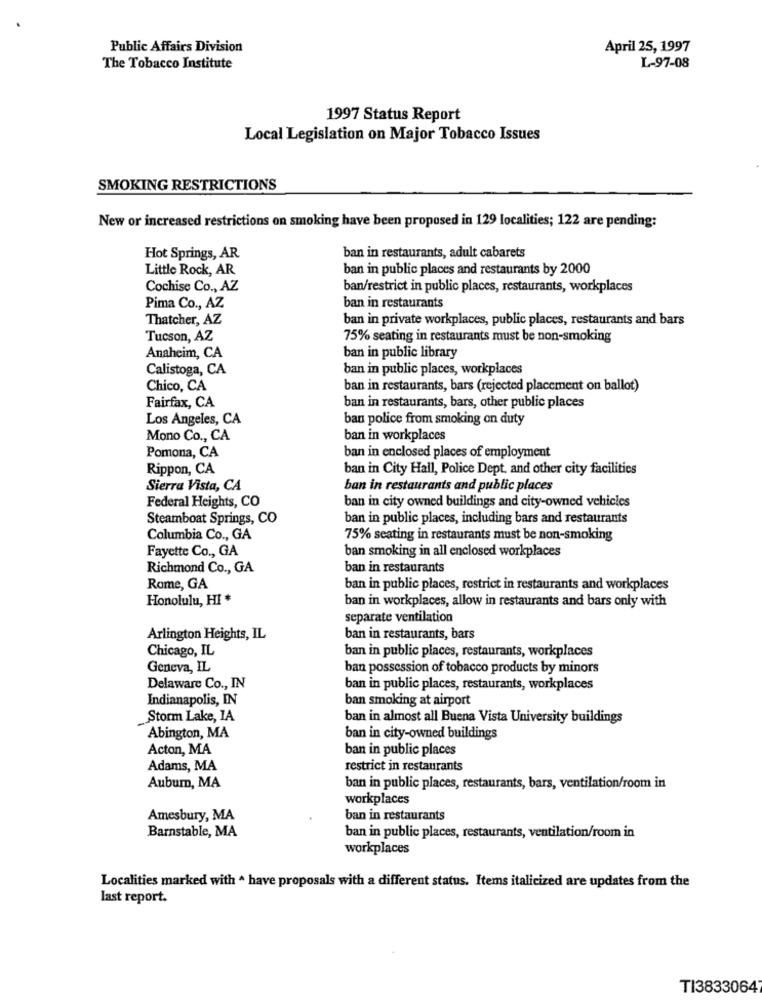
Public Affairs Division
April 25, 1997
The Tobacco Institute
L-97-08
1997 Status Report
Local Legislation on Major Tobacco Issues
SMOKING RESTRICTIONS
New or increased restrictions on smoking have been proposed in 129 localities; 122 are pending:
Hot Springs, AR.
ban in restaurants, adult cabarets
Little Rock, AR
ban in public places and restaurants by 2000
Cochise Co ., AZ
ban/restrict in public places, restaurants, workplaces
Pima Co ., AZ
ban in restaurants
Thatcher, AZ
ban in private workplaces, public places, restaurants and bars
Tucson, AZ
75% seating in restaurants must be non-smoking
Anaheim, CA
ban in public library
Calistoga, CA
ban in public places, workplaces
Chico, CA
ban in restaurants, bars (rejected placement on ballot)
Fairfax, CA
ban in restaurants, bars, other public places
Los Angeles, CA
ban police from smoking on duty
Mono Co ., CA
ban in workplaces
Pomona, CA
ban in enclosed places of employment
Rippon, CA
ban in City Hall, Police Dept. and other city facilities
Sierra Vista, CA
ban in restaurants and public places
ban in city owned buildings and city-owned vehicles
Federal Heights, CO
Steamboat Springs, CO
ban in public places, including bars and restaurants
Columbia Co ., GA
75% seating in restaurants must be non-smoking
Fayette Co ., GA
ban smoking in all enclosed workplaces
Richmond Co ., GA
ban in restaurants
Rome, GA
ban in public places, restrict in restaurants and workplaces
Honolulu, HI *
ban in workplaces, allow in restaurants and bars only with
separate ventilation
Arlington Heights, IL
ban in restaurants, bars
Chicago, IL
ban in public places, restaurants, workplaces
Geneva, IL
ban possession of tobacco products by minors
Delaware Co ., IN
ban in public places, restaurants, workplaces
Indianapolis, IN
ban smoking at airport
Storm Lake, 1A
ban in almost all Buena Vista University buildings
Abington, MA
ban in city-owned buildings
Acton, MA
ban in public places
Adams, MA
restrict in restaurants
Aubum, MA
ban in public places, restaurants, bars, ventilation/room in
workplaces
Amesbury, MA
ban in restaurants
Barnstable, MA
ban in public places, restaurants, ventilation/room in
workplaces
Localities marked with ^ have proposals with a different status. Items italicized are updates from the
last report.
TI3833064